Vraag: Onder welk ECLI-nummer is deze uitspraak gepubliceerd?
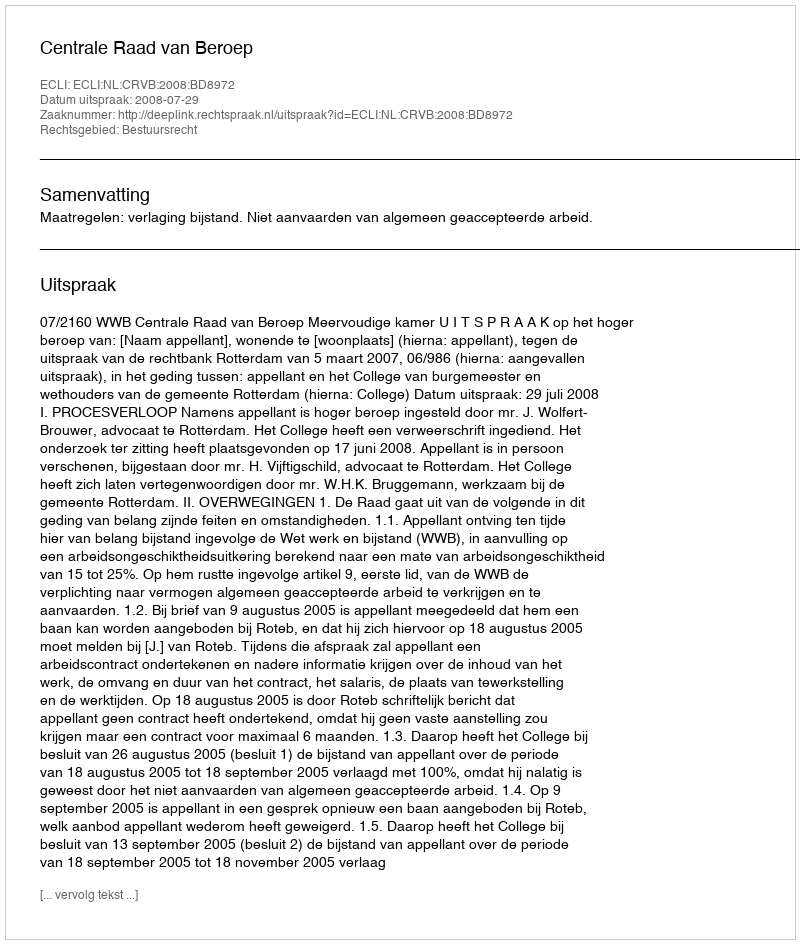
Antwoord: ECLI:NL:CRVB:2008:BD8972